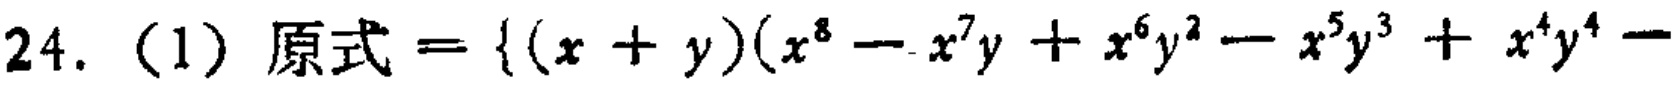
\(24. \text{（1）原式}=\{(x + y)(x^{8}-x^{7}y + x^{6}y^{2}-x^{5}y^{3}+x^{4}y^{4}-\)